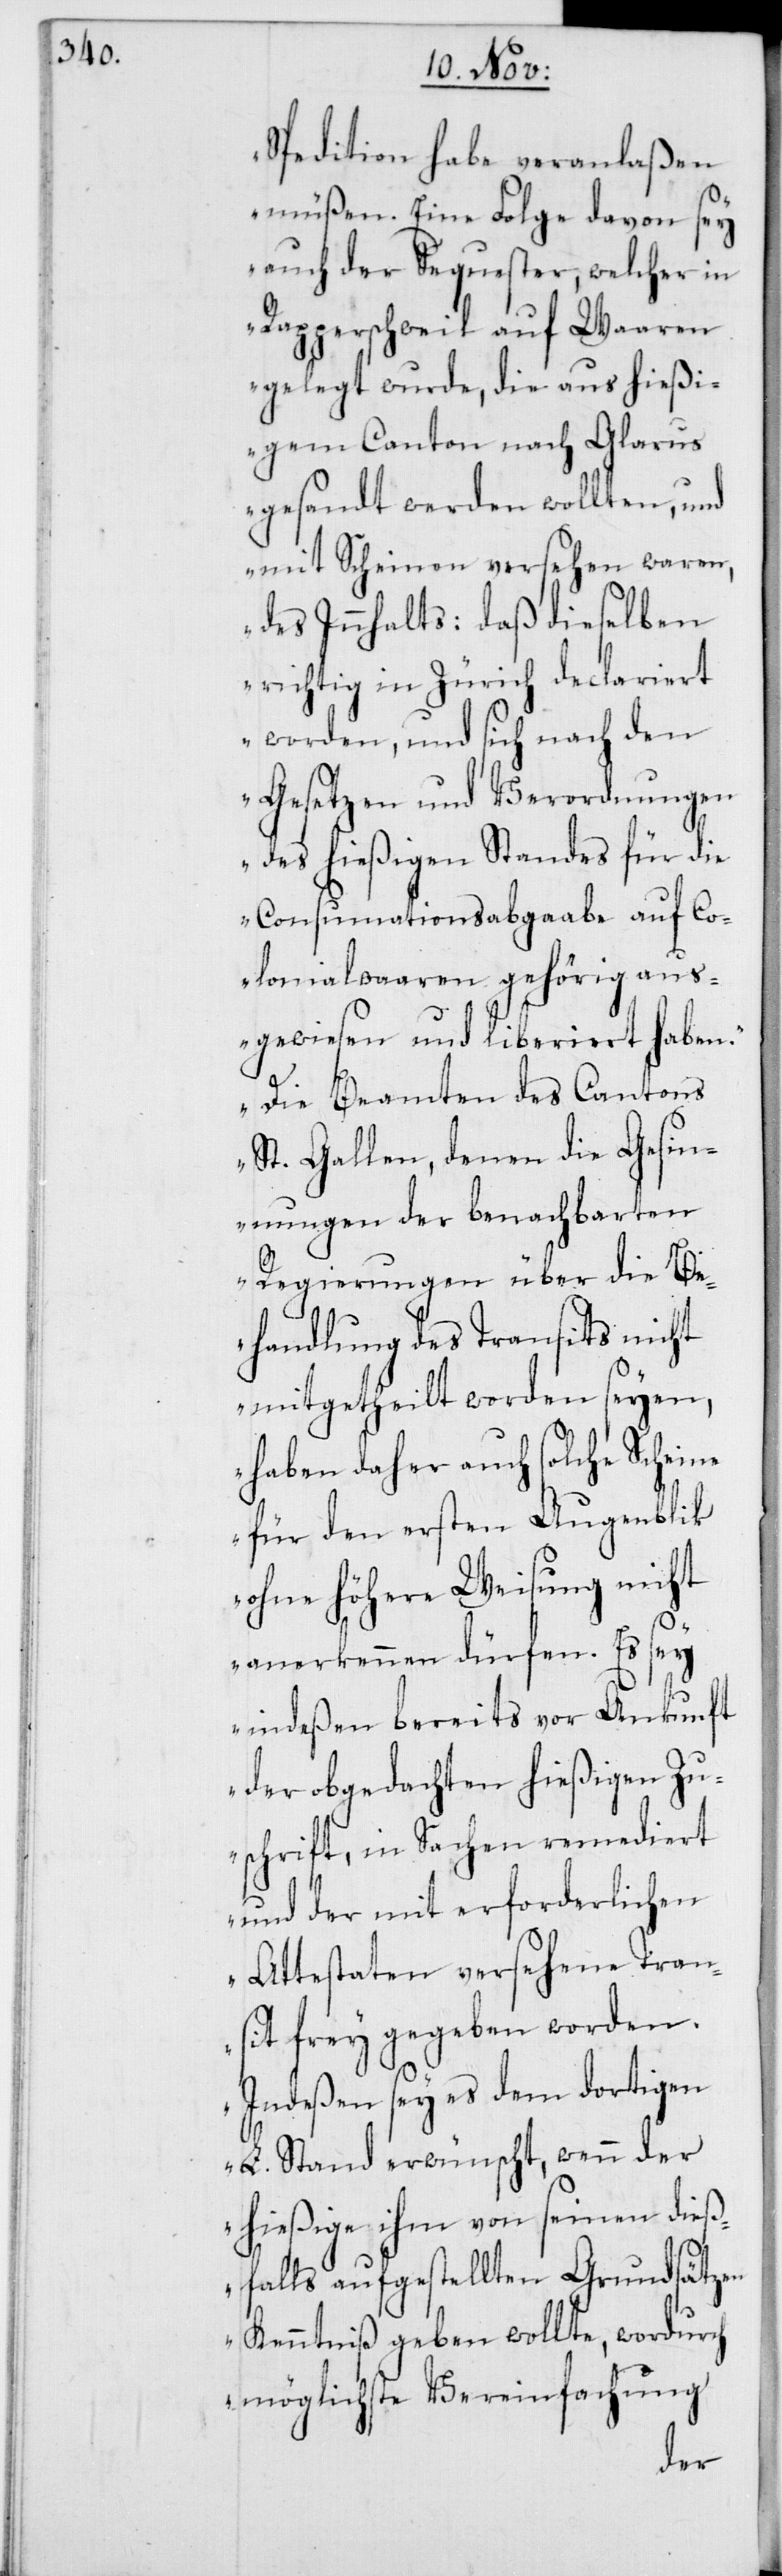
Spedition habe veranlaßen
müßen. Eine Folge davon sey
auch der Sequester, welcher in
Rapperschweil auf Waaren
gelegt wurde, die aus hießi¬
gem Canton nach Glarus
gesandt werden wollten, und
mit Scheinen versehen waren,
des Innhalts: daß dieselben
richtig in Zürich declariert
worden, und sich nach den
Gesetzen und Verordnungen
des hießigen Standes für die
Consumationsabgaabe auf Co¬
lonialwaaren gehörig aus¬
gewiesen und liberiert haben.
Die Beamten des Cantons
St. Gallen, denen die Gesin¬
nungen der benachbarten
Regierungen über die Be¬
handlung des Transits nicht
mitgetheilt worden seyen,
haben daher auch solche Scheine
für den ersten Augenblik
ohne höhere Weisung nicht
anerkennen dürfen. Es sey
indeßen bereits vor Ankunft
der obgedachten hießigen Zu¬
schrift, in Sachen remediert
und der mit erforderlichen
Attestaten versehene Tran¬
sit freygegeben worden.
Indeßen sey es dem dortigen
L. Stand erwünscht, wenn der
hießige ihm von seinen dieß¬
falls aufgestellten Grundsätzen
Kenntniß geben wollte, wordurch
möglichste Vereinfachung